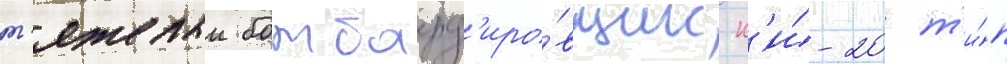
т'яжелыи бомбард'иро́вщик к'и́-20 т'и́п